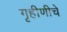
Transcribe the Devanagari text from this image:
गृहीणीचे